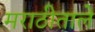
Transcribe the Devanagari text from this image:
मराठीताले